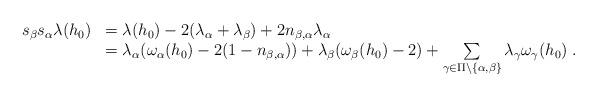
LaTeX: \begin{gather*}\begin{array}{rl}s_\beta s_\alpha \lambda(h_0) &= \lambda(h_0) - 2(\lambda_\alpha+\lambda_\beta) + 2n_{\beta,\alpha}\lambda_\alpha \\& = \lambda_\alpha(\omega_\alpha(h_0) - 2(1-n_{\beta,\alpha})) + \lambda_\beta(\omega_\beta(h_0)-2) + \sum\limits_{\gamma\in\Pi\setminus\{\alpha,\beta\}} \lambda_\gamma\omega_\gamma(h_0) \;.\end{array}\end{gather*}